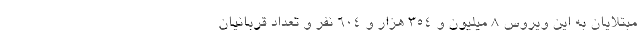
مبتلایان به این ویروس ۸ میلیون و ۳۵۴ هزار و ۶۰۴ نفر و تعداد قربانیان